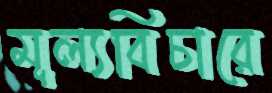
মূল্যবিচারে